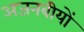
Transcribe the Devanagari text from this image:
अजनबीयों